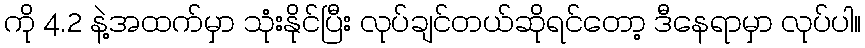
ကို 4.2 နဲ့အထက်မှာ သုံးနိုင်ပြီး လုပ်ချင်တယ်ဆိုရင်တော့ ဒီနေရာမှာ လုပ်ပါ။